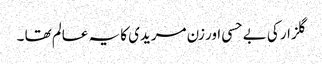
گلزار کی بے حسی اور زن مریدی کا یہ عالم تھا ۔